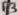
Text: P3